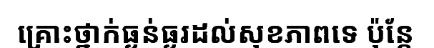
គ្រោះថ្នាក់ធ្ងន់ធ្ងរដល់សុខភាពទេ ប៉ុន្តែ